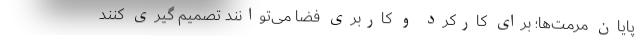
پایان مرمت‌ها؛ برای کارکرد و کاربری فضا می‌توانند تصمیم گیری کنند